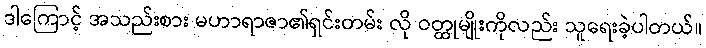
ဒါကြောင့် အသည်းစား မဟာရာဇာ၏ရှင်းတမ်း လို ဝတ္ထုမျိုးကိုလည်း သူရေးခဲ့ပါတယ်။